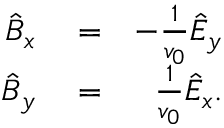
\begin{array} { r l r } { \hat { B } _ { x } } & { { } = } & { - \frac { 1 } { v _ { 0 } } \hat { E } _ { y } } \\ { \hat { B } _ { y } } & { { } = } & { \frac { 1 } { v _ { 0 } } \hat { E } _ { x } . } \end{array}